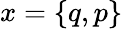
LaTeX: x=\{ q,p\}